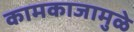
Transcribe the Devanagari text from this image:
कामकाजामुळे